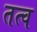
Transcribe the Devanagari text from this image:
तत्व